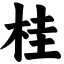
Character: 桂